Vaccination United Provinces of Agra and Oudh 1914-1922 - 1914-1922
Year: 1914
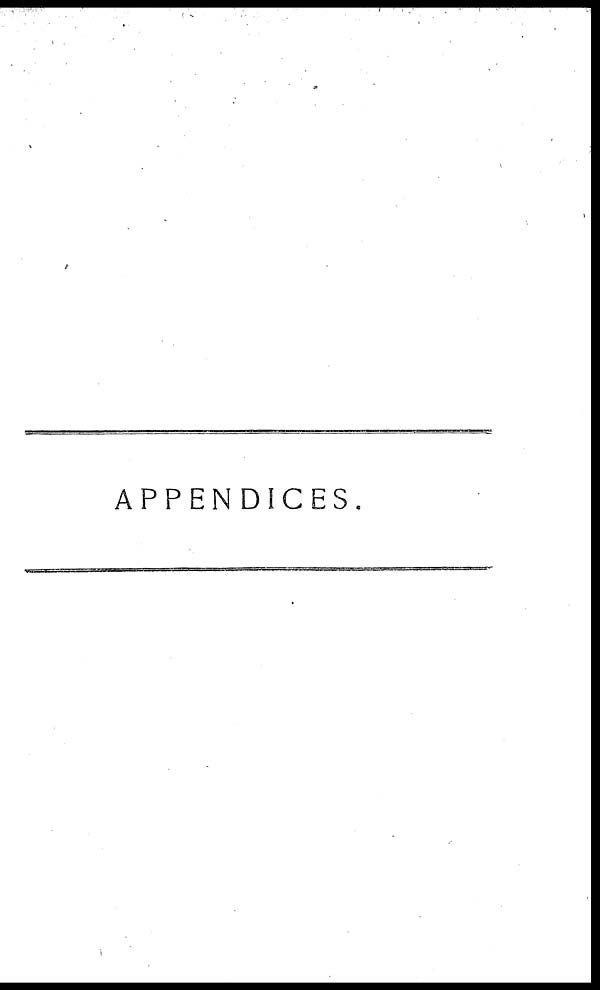
APPENDICES.